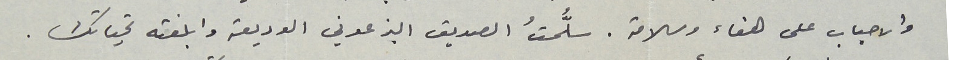
والاحباب على هناء وسلامة. سلُّمتُ الصديق البزعوني الوديعة وابلغته تحياتك .